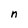
Character: n